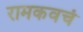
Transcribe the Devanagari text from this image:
रामकवचं